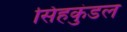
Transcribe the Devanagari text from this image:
सिंहकुंडल